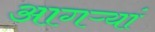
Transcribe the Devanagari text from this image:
आगऱ्यां